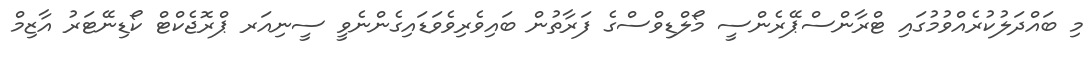
މި ބައްދަލުކުރެއްވުމުގައި ޓްރާންސްޕޭރެންސީ މޯލްޑިވްސްގެ ފަރާތުން ބައިވެރިވެވަޑައިގެންނެވީ ސީނިއަރ ޕްރޮޖެކްޓް ކޯޑިނޭޓަރު އާޒިމް